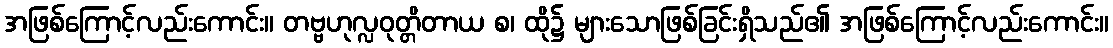
အဖြစ်ကြောင့်လည်းကောင်း။ တဗ္ဗဟုလ္လဝုတ္တိတာယ စ၊ ထို၌ များသောဖြစ်ခြင်းရှိသည်၏ အဖြစ်ကြောင့်လည်းကောင်း။